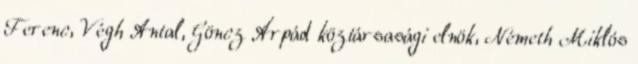
Ferenc, Végh Antal, Göncz Árpád köztársasági elnök, Németh Miklós